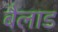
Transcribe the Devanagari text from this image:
बैलाड